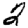
Digit: 2